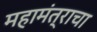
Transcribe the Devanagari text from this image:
महामंत्राचा